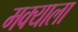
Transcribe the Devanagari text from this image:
मक्याला